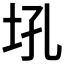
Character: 𪣂